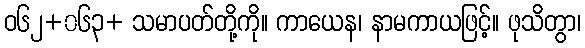
ဝ၆၂+၀၆၃+ သမာပတ်တို့ကို။ ကာယေန၊ နာမကာယဖြင့်။ ဖုသိတွာ၊